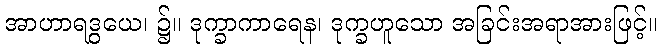
အာဟာရဒွယေ၊ ၌။ ဒုက္ခာကာရေန၊ ဒုက္ခဟူသော အခြင်းအရာအားဖြင့်။